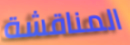
المناقشة